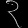
Digit: ၃